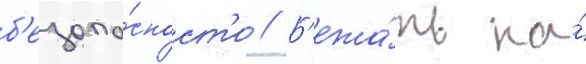
б'езопа́сност'и // Б'ежа́ть на́